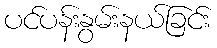
ပင်ပန်းနွမ်းနယ်ခြင်း